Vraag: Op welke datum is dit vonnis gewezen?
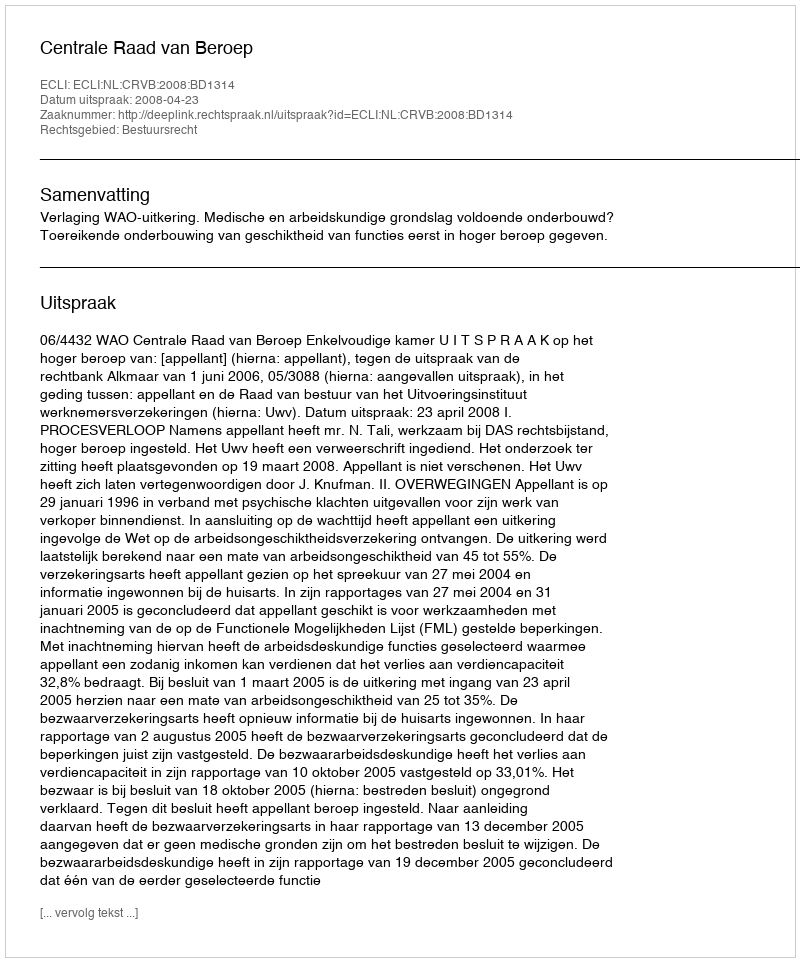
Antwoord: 2008-04-23